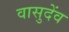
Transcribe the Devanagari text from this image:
वासुदेंव